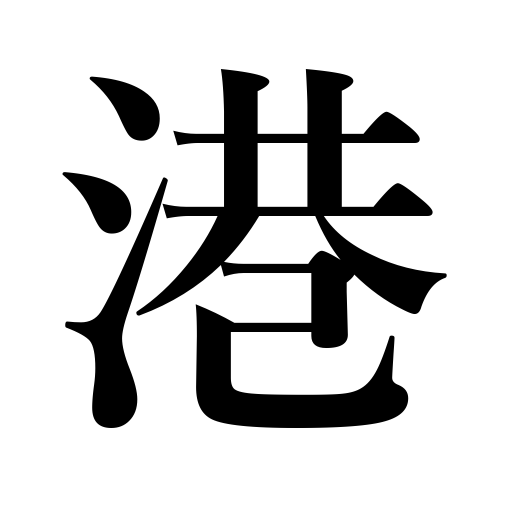
Meanings: harbor,port